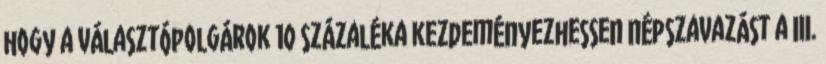
hogy a választópolgárok 10 százaléka kezdeményezhessen népszavazást a III.